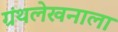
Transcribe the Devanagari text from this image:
ग्रंथलेखनाला